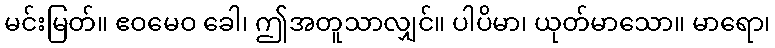
မင်းမြတ်။ ဧဝမေဝ ခေါ၊ ဤအတူသာလျှင်။ ပါပိမာ၊ ယုတ်မာသော။ မာရော၊